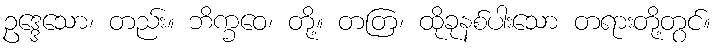
ဥဒ္ဒေသော၊ တည်း။ ဘိက္ခဝေ၊ တို့။ တတြ၊ ထိုခုနစ်ပါးသော တရားတို့တွင်။